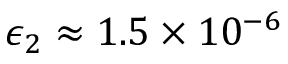
\epsilon _ { 2 } \approx 1 . 5 \times 1 0 ^ { - 6 }